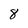
Character: 8